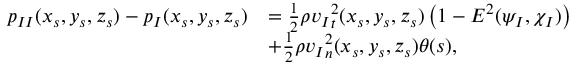
\begin{array} { r l } { { p _ { I I } } ( x _ { s } , y _ { s } , z _ { s } ) - { p _ { I } } ( x _ { s } , y _ { s } , z _ { s } ) } & { = \frac { 1 } { 2 } \rho { v _ { I } } _ { t } ^ { 2 } ( x _ { s } , y _ { s } , z _ { s } ) \left( 1 - E ^ { 2 } ( \psi _ { I } , \chi _ { I } ) \right) } \\ & { + \frac { 1 } { 2 } \rho { v _ { I } } _ { n } ^ { 2 } ( x _ { s } , y _ { s } , z _ { s } ) \theta ( s ) , } \end{array}